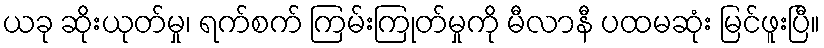
ယခု ဆိုးယုတ်မှု၊ ရက်စက် ကြမ်းကြုတ်မှုကို မီလာနီ ပထမဆုံး မြင်ဖူးပြီ။